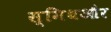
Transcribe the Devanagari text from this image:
स्मिथऔर